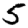
Digit: 5